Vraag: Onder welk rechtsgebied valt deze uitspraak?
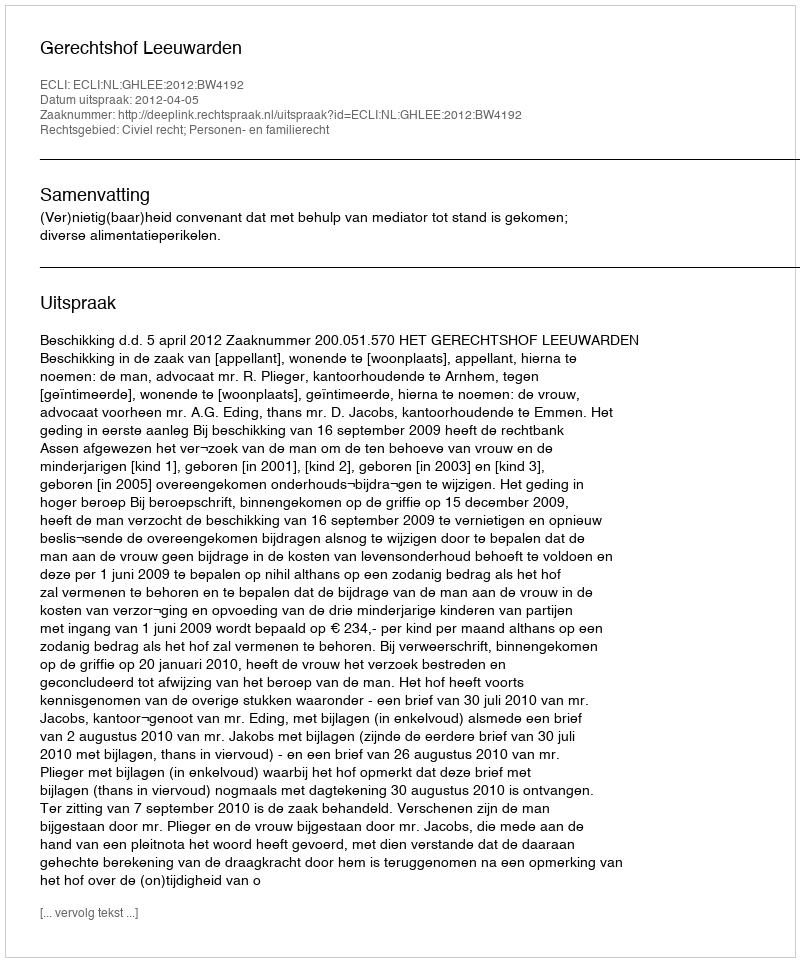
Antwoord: Civiel recht; Personen- en familierecht